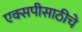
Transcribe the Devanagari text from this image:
एक्सपीसाठीचे